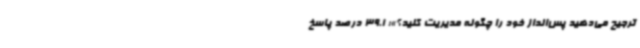
ترجیح می‌دهید پس‌انداز خود را چگونه مدیریت کنید؟»؛ 39.1 درصد پاسخ